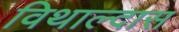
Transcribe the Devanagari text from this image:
विथाल्दास